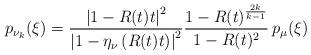
LaTeX: \begin{align*}p_{\nu_{k}}(\xi)=\frac{\left|1-R(t)t\right|^{2}}{\left|1-\eta_{\nu}\left(R(t)t\right)\right|^{2}}\frac{1-R(t)^{\frac{2k}{k-1}}}{1-R(t)^{2}}\,p_{\mu}(\xi)\end{align*}